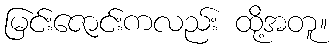
မြင်းဇောင်းကလည်း ထို့အတူ။